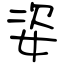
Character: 姿